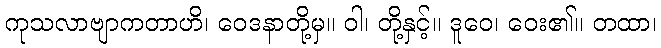
ကုသလာဗျာကတာဟိ၊ ဝေဒနာတို့မှ။ ဝါ၊ တို့နှင့်။ ဒူဝေ၊ ဝေး၏။ တထာ၊